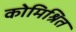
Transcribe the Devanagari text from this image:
कोमिश्रित